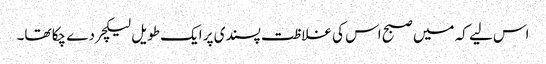
اس لیے کہ میں صبح اس کی غلاظت پسندی پر ایک طویل لیکچر دے چکا تھا۔